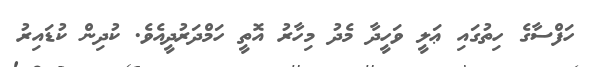
ހަފްސާގެ ހިތުގައި ޢަލީ ވަހީދާ މެދު މިހާރު އޮތީ ހަމްދަރުދީއެވެ. ކުދިން ކުޑައިރު